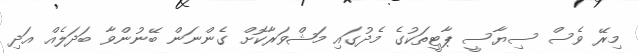
މިރޭ ވެސް ސިޔާސީ ޕާޓީތަކުގެ މެދުގައި މަޝްވަރާކޮށް ގެންނަން ބޭނުންވާ ބަދަލެއް އަދި